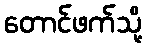
တောင်ဖက်သို့